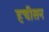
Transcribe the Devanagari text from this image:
हचीसन